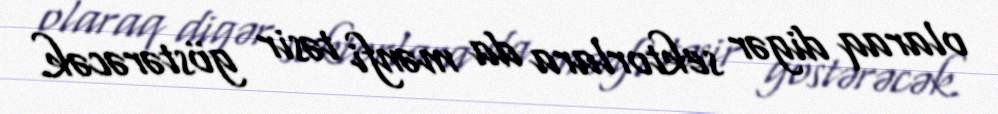
olaraq digər sektorlara da mənfi təsir göstərəcək.